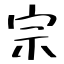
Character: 宗